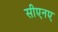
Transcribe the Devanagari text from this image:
सीएनए